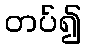
တပ်၍